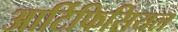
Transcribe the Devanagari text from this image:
आर्टिफिसियल